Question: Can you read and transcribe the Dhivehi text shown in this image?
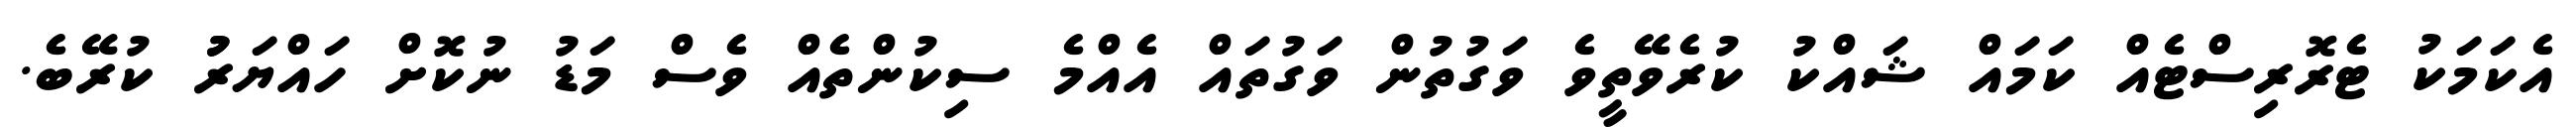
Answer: އެކަމަކު ޓެރޮރިސްޓެއް ކަމައް ޝައްކު ކުރެވޭތީވެ ވަގުތުން ވަގުތައް އެއްމެ ސިކުންތެއް ވެސް މަޑު ނުކޮށް ހައްޔަރުު ކުރޭބެ.